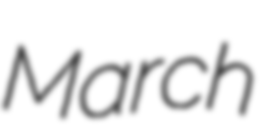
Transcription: March